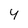
Character: 4